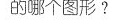
的哪个图形?